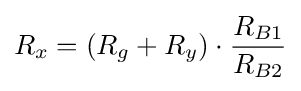
R_{x}=(R_{g}+R_{y})\cdot {\frac {R_{B1}}{R_{B2}}}